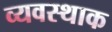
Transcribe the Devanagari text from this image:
व्यवस्थाक